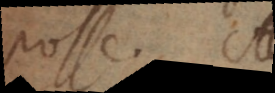
posse. Si